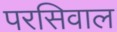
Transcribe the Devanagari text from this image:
परसिवाल